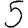
Digit: 5